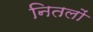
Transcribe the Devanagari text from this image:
नितलों